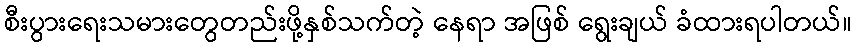
စီးပွားရေးသမားတွေတည်းဖို့နှစ်သက်တဲ့ နေရာ အဖြစ် ရွေးချယ် ခံထားရပါတယ်။